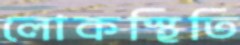
লোকস্থিতি